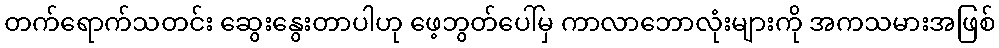
တက်ရောက်သတင်း ဆွေးနွေးတာပါဟု ဖေ့ဘွတ်ပေါ်မှ ကာလာဘောလုံးများကို အကသမားအဖြစ်